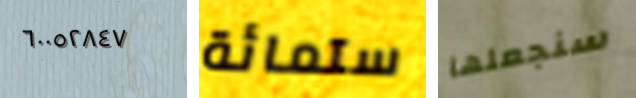
٦٠٠٥٢٨٤٧ ستمائة سنجعلها